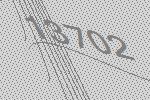
13702